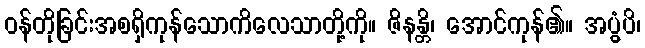
ဝန်တိုခြင်းအစရှိကုန်သောကိလေသာတို့ကို။ ဇိနန္တိ၊ အောင်ကုန်၏။ အပ္ပွံပိ၊